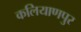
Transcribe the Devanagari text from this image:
कलियाणपुर